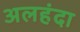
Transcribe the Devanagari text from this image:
अलहंदा